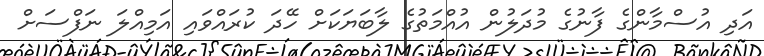
އަދި އުސްމާންގެ ފާނުގެ މުދަލުން އުއްމަތުގެ ލާބަޔަކަށް ހޭދަ ކުރައްވައި އަމިއްލަ ނަފްސަށް